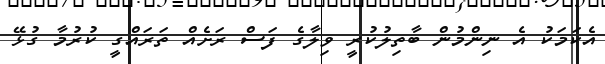
އެކަމަކު އެ ނިންމުން ބާތިލުކުރީ ވިލާގެ ފަސް ރަށެއް ތަރައްގީ ކުރުމާ ގުޅޭ